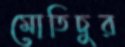
মোতিচুর